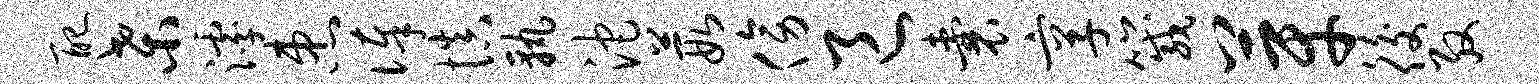
配桑滹患俸慎孰沱葭傍邑囊享箴芽後殷